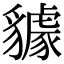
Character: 𧴘